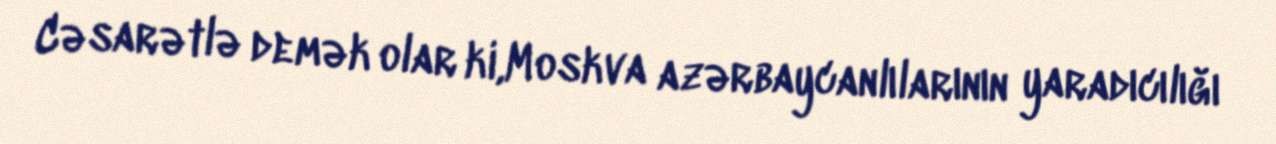
Cəsarətlə demək olar ki,Moskva azərbaycanlılarının yaradıcılığı